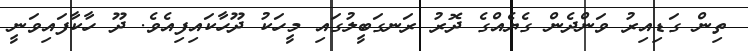
ތިން ގަޑިއިރު ވަންދެން ގެޔެއްގެ ދޮރު ރަނގަބީލުގައި މީހަކު ދޫހާކައިފިއެވެ. ދޫ ހާކާފައިވަނީ